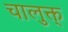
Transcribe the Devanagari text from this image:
चालुक्त्